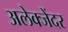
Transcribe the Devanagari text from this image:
अलेक्जेंदर